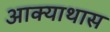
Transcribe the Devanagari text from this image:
आक्याथास